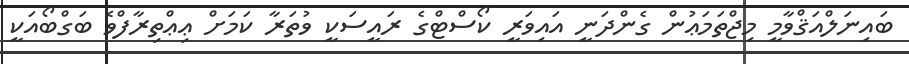
ބައިނަލްއަޤްވާމީ މިޖްތަމަޢުން ގެންދަނީ އައިވަރީ ކޯސްޓްގެ ރައީސަކީ ވުތަރާ ކަމަށް ޢިޢްތިރާފްވެ ބަގްބޯއަކީ